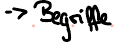
-> Begriffe